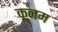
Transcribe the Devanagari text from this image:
कूनम